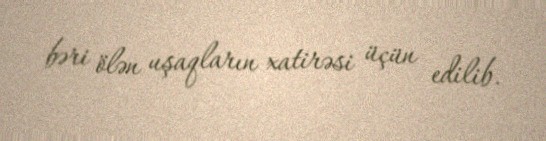
bəri ölən uşaqların xatirəsi üçün edilib.